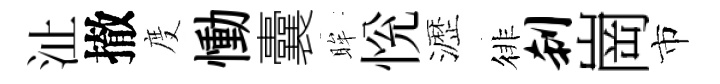
沚撤度慟囊眸恱瀝徘刹崗市